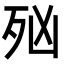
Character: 𣧑